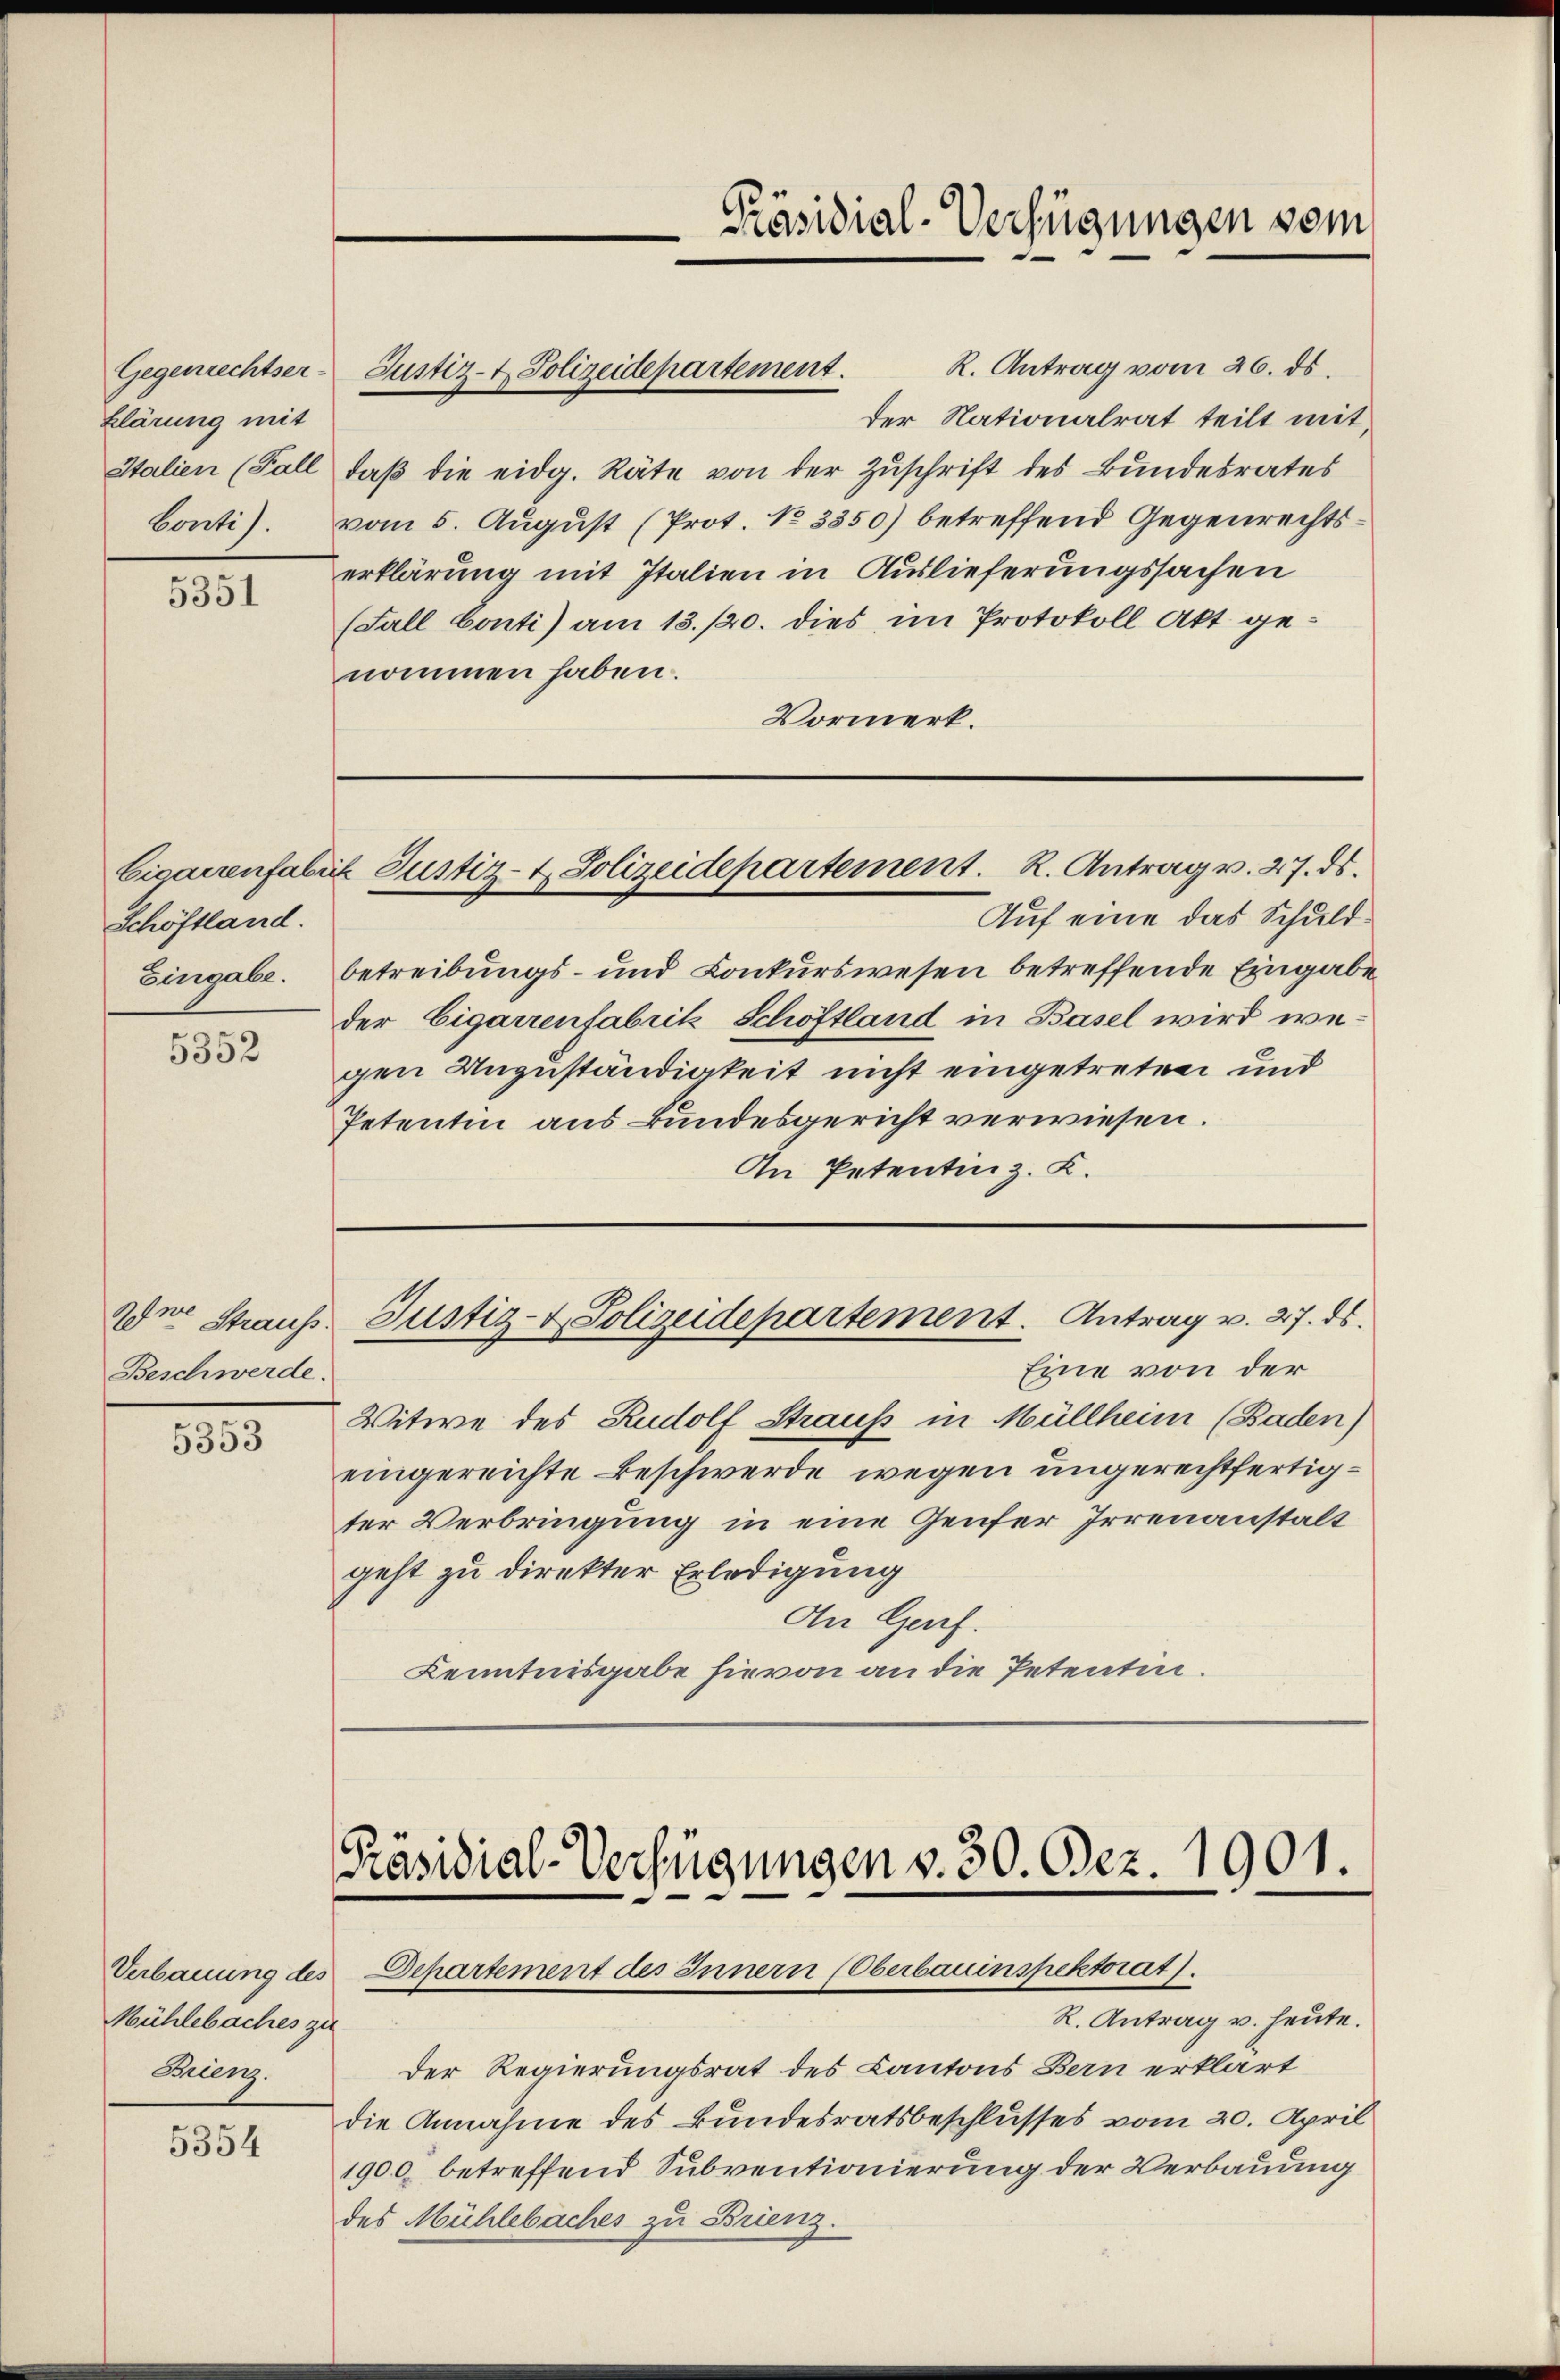
klärung mit

5351

Schöftland.

5352

Beschwerde.

5353

Mühlebaches zu
Bung.

5354

Präsidial-Verfügungen vom

R. Antrag vom 26. ds.
der Nationalrat teilt mit
Italien (Fall, daβ die eidg. Räte von der Zŭschrift des Bŭndesrates
Conti). vom 5. August (Prot. No 3350) betreffend Gegenrechtserklärung mit Italien in Auslieferungssachen
(Fall Conti) am 13./20. dies im Protokoll Akt genommen haben.
Vormerk.

Gegenrechtser-Justiz- & Polizeidepartement.

Cigarrenfabrik Justiz- & Polizeidepartement. R. Antrag v. 27. ds.

Auf eine das Schuld¬
Eingabe. Betreibungs- und Conkurswesen betreffende Eingabe
der Cigarrenfabrik Schöftland in Basel wird wegen Unzuständigkeit nicht eingetreten und
Petentin aus Bundesgericht verwiesen.
An Petentiniz. K.

Eine von der
Witwe des Rudolf Straus in Müllheim (Baden)
eingereichte Beschwerde wegen ungerechtfertigter Verbringung in eine Genfer Irrenanstalt
geht zu direkter Erledigung
An Genf.
Kenntnisgabe hievon an die Petentin.

Ane Straus Justiz- & Polizeidepartement. Antrag v. 27. ds.

Präsidial-Verfügungen v. 30. Dez. 1901.
Verbauung des Departement des Innern (Oberbauinspektorat).

R. Antrag v. heute.
Der Regierungsrat des Kantons Bern erklärt
die Annahme des Bundesratsbeschlusses vom 20. April
1900 betreffend Subventionierung der Verbauung
des Mühlebaches zu Brienz.